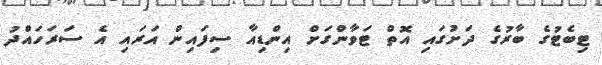
ޓިބެޓުގެ ބާރުގެ ދަށުގައި އޮތް ޓަވާންގަށް އިންޑިއާ ސިފައިން އަރައި އެ ސަރަހައްދު